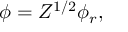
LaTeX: \phi = Z ^ { 1 / 2 } \phi _ { r } ,